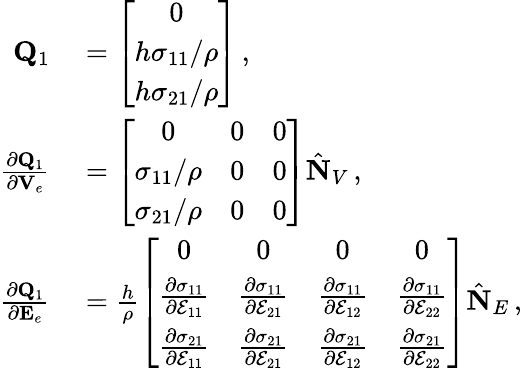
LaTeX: \begin{array}{rl}{{\mathbf Q}_{1}}&{{}=\left[\begin{array}{c}{0}\\ {h\sigma_{11}/\rho}\\ {h\sigma_{21}/\rho}\end{array}\right]\, ,}\\ {\frac{\partial{\mathbf Q}_{1}}{\partial{\mathbf V}_{e}}}&{{}=\left[\begin{array}{ccc}{0}&{0}&{0}\\ {\sigma_{11}/\rho}&{0}&{0}\\ {\sigma_{21}/\rho}&{0}&{0}\end{array}\right]\hat{\mathbf N}_{V}\, ,}\\ {\frac{\partial{\mathbf Q}_{1}}{\partial{\mathbf E}_{e}}}&{{}=\frac{h}{\rho}\left[\begin{array}{cccc}{0}&{0}&{0}&{0}\\ {\frac{\partial\sigma_{11}}{\partial\mathcal{E}_{11}}}&{\frac{\partial\sigma_{11}}{\partial\mathcal{E}_{21}}}&{\frac{\partial\sigma_{11}}{\partial\mathcal{E}_{12}}}&{\frac{\partial\sigma_{11}}{\partial\mathcal{E}_{22}}}\\ {\frac{\partial\sigma_{21}}{\partial\mathcal{E}_{11}}}&{\frac{\partial\sigma_{21}}{\partial\mathcal{E}_{21}}}&{\frac{\partial\sigma_{21}}{\partial\mathcal{E}_{12}}}&{\frac{\partial\sigma_{21}}{\partial\mathcal{E}_{22}}}\end{array}\right]\hat{\mathbf N}_{E}\, ,}\end{array}